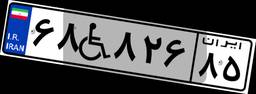
۳۳W۶۰۸۰۷